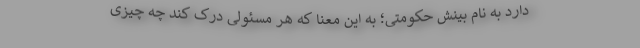
دارد به نام بینش حکومتی؛ به این معنا که هر مسئولی درک کند چه چیزی